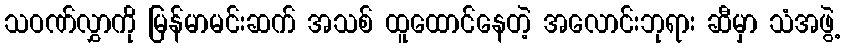
သဝဏ်လွှာကို မြန်မာမင်းဆက် အသစ် ထူထောင်နေတဲ့ အလောင်းဘုရား ဆီမှာ သံအဖွဲ့